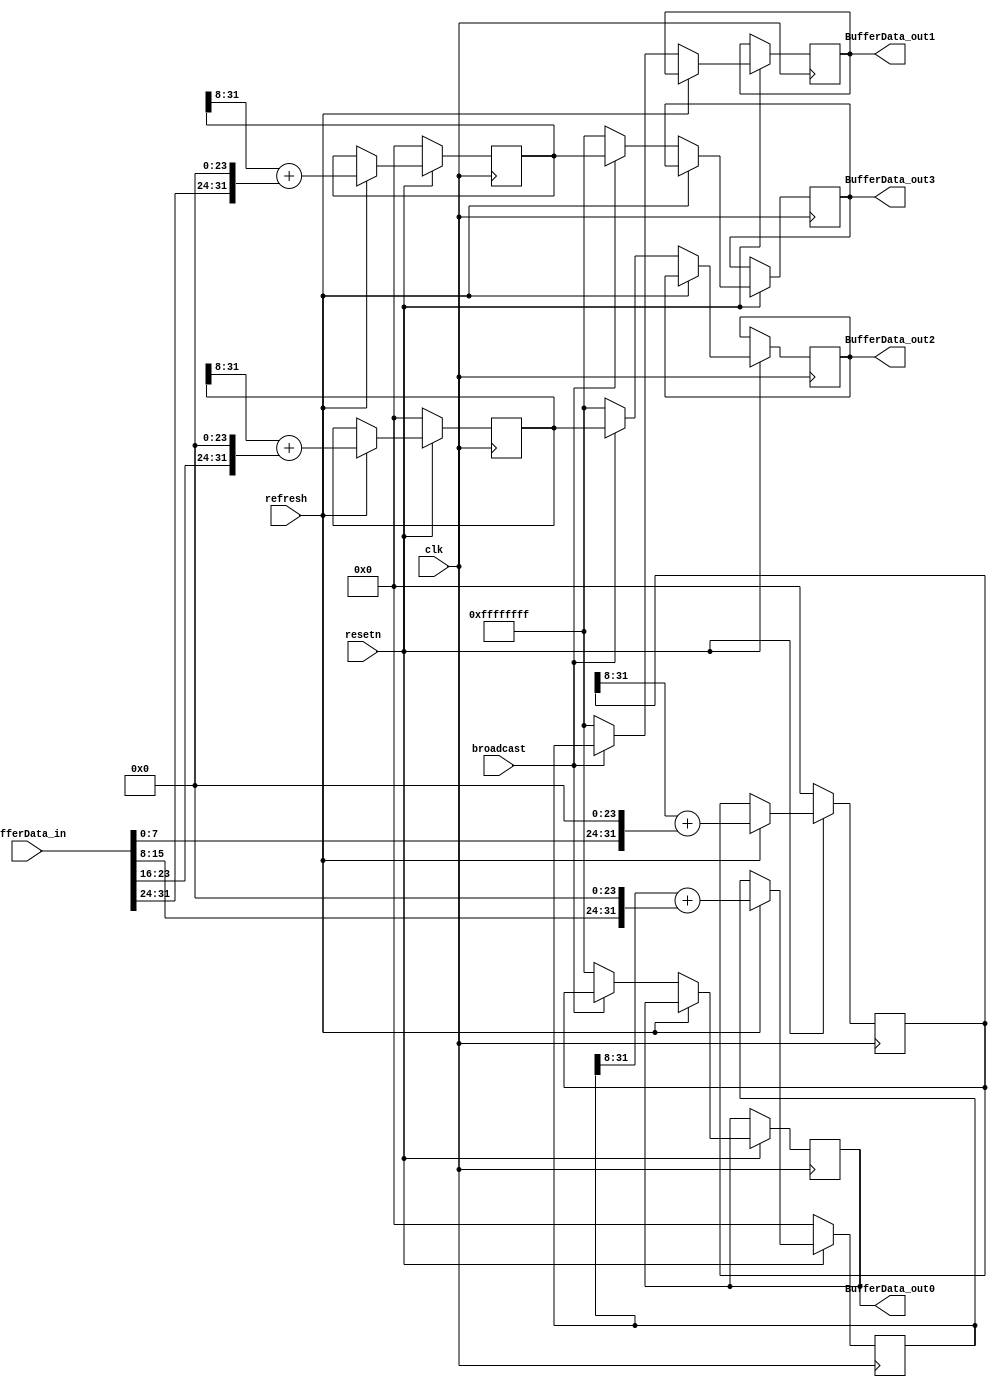
module currentBuffer(bufferData_in, BufferData_out0, BufferData_out1, BufferData_out2, BufferData_out3, clk, broadcast, resetn,refresh);
  input resetn;
  input refresh;
  input [31:0]bufferData_in;
  input clk;
  input broadcast;
  
  output [31:0]BufferData_out0;
  output [31:0]BufferData_out1;
  output [31:0]BufferData_out2;
  output [31:0]BufferData_out3;
  
  reg [31:0]BufferData_out0;
  reg [31:0]BufferData_out1;
  reg [31:0]BufferData_out2;
  reg [31:0]BufferData_out3;
  
  reg [31:0]buffer_file[3:0];
  
  always @(posedge clk)
  begin
    if(!resetn)
      begin
        buffer_file[0] <= 0;
        buffer_file[1] <= 0;
        buffer_file[2] <= 0;
        buffer_file[3] <= 0;
      end
    else if(refresh)
      begin
        buffer_file[0] <= ((buffer_file[0]>>8) + {bufferData_in[7:0],24'b0});
        buffer_file[1] <= ((buffer_file[1]>>8) + {bufferData_in[15:8],24'b0});
        buffer_file[2] <= ((buffer_file[2]>>8) + {bufferData_in[23:16],24'b0});
        buffer_file[3] <= ((buffer_file[3]>>8) + {bufferData_in[31:24],24'b0}); 
      end
    else if(broadcast)
      begin
        BufferData_out0 <= buffer_file[0];
        BufferData_out1 <= buffer_file[1];
        BufferData_out2 <= buffer_file[2];
        BufferData_out3 <= buffer_file[3];
      end
    else
      begin
        BufferData_out0 <= -1;
        BufferData_out1 <= -1;
        BufferData_out2 <= -1;
        BufferData_out3 <= -1;
      end
  end
  
endmodule